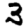
Digit: 3